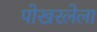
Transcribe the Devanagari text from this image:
पोखरलेला